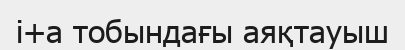
i+a тобындағы аяқтауыш